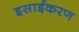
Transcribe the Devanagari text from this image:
इसाईकरण